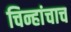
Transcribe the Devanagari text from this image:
चिन्हांचाच